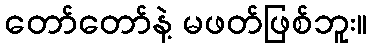
တော်တော်နဲ့ မဖတ်ဖြစ်ဘူး။